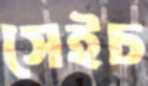
সেইচ